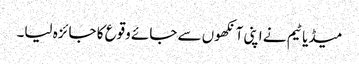
میڈیا ٹیم نے اپنی آنکھوں سے جائے وقوع کا جائزہ لیا۔